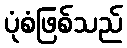
ပုံစံဖြစ်သည်